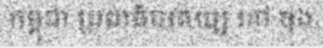
កម្ពុជា ប្រជាធិបតេយ្យ នៅ ចុង